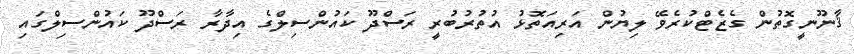
ޤާނޫނީގޮތުން ގެޒެޓްކުރެވޭ ލިޔުން އަރިއަތޮޅު އުތުރުބުރީ ރަސްދޫ ކައުންސިލްގެ އިދާރާ ރަސްދޫ ކައުންސިލްގައި